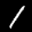
Label: 1